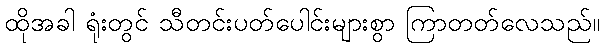
ထိုအခါ ရုံးတွင် သီတင်းပတ်ပေါင်းများစွာ ကြာတတ်လေသည်။